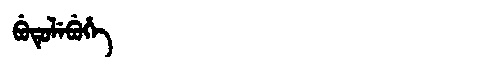
Manchu: ᠪᡠᡨᡠᠯᡝᠪᡠᡥᡝ
Romanization: BUTULEBUHE